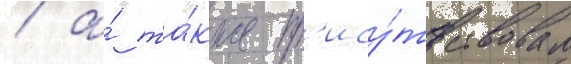
/ а́ та́кже пр'ису́тствовал